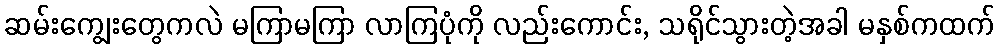
ဆမ်းကျွေးတွေကလဲ မကြာမကြာ လာကြပုံကို လည်းကောင်း, သရိုင်သွားတဲ့အခါ မနှစ်ကထက်